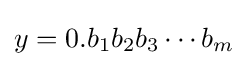
y=0.b_{1}b_{2}b_{3}\cdots b_{m}